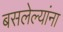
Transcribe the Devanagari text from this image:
बसलेल्यांना